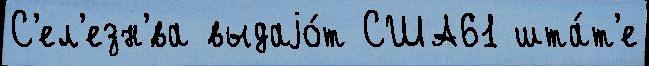
С'ел'езн'́ва выдаjо́т США61 шта́т'е